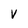
Character: V